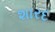
શારદ